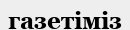
газетіміз